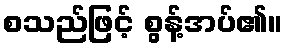
စသည်ဖြင့် စွန့်အပ်၏။